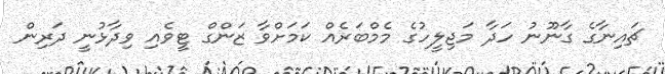
ޗައިނާގެ ގާނޫނު ހަދާ މަޖިލީހުގެ މެމްބަރެއް ކަމަށްވާ ޒަންގް ޓީވެއި ވިދާޅުނީ ދަރިން